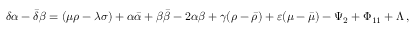
\delta \alpha - { \bar { \delta } } \beta = ( \mu \rho - \lambda \sigma ) + \alpha { \bar { \alpha } } + \beta { \bar { \beta } } - 2 \alpha \beta + \gamma ( \rho - { \bar { \rho } } ) + \varepsilon ( \mu - { \bar { \mu } } ) - \Psi _ { 2 } + \Phi _ { 1 1 } + \Lambda \, ,